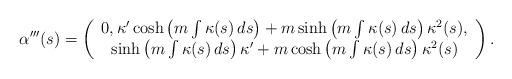
LaTeX: \begin{align*}\alpha ^{\prime \prime \prime }(s)=\left(\begin{array}{c}0,\kappa ^{\prime }\cosh \left( m\int \kappa (s)\,ds\right) +m\sinh \left(m\int \kappa (s)\,ds\right) \kappa ^{2}(s), \\\sinh \left( m\int \kappa (s)\,ds\right) \kappa ^{\prime }+m\cosh \left(m\int \kappa (s)\,ds\right) \kappa ^{2}(s)\end{array}\right).\end{align*}